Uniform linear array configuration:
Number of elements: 24
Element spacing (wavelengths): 1
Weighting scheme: hamming
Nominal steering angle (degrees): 60
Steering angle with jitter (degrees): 61.531
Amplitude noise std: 0.05
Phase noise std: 0.05

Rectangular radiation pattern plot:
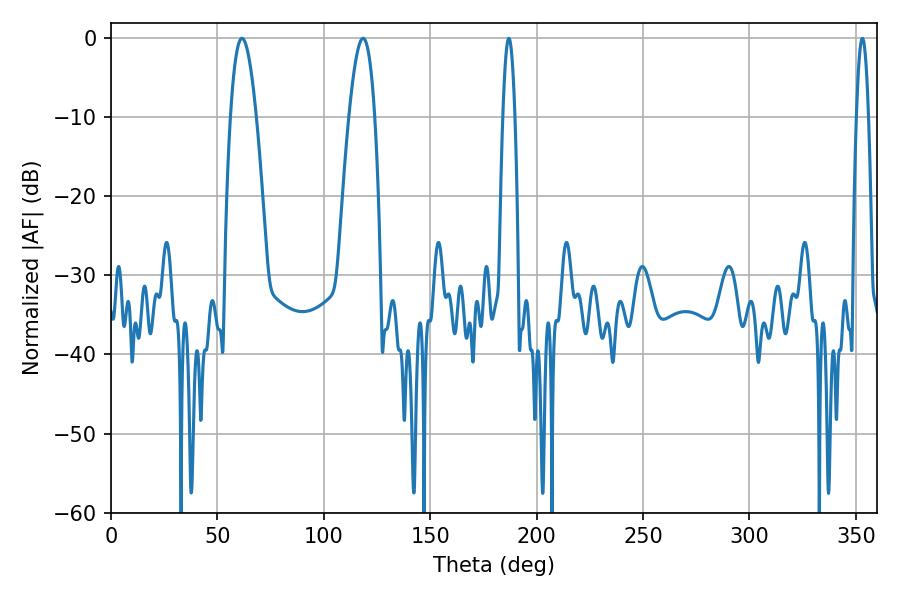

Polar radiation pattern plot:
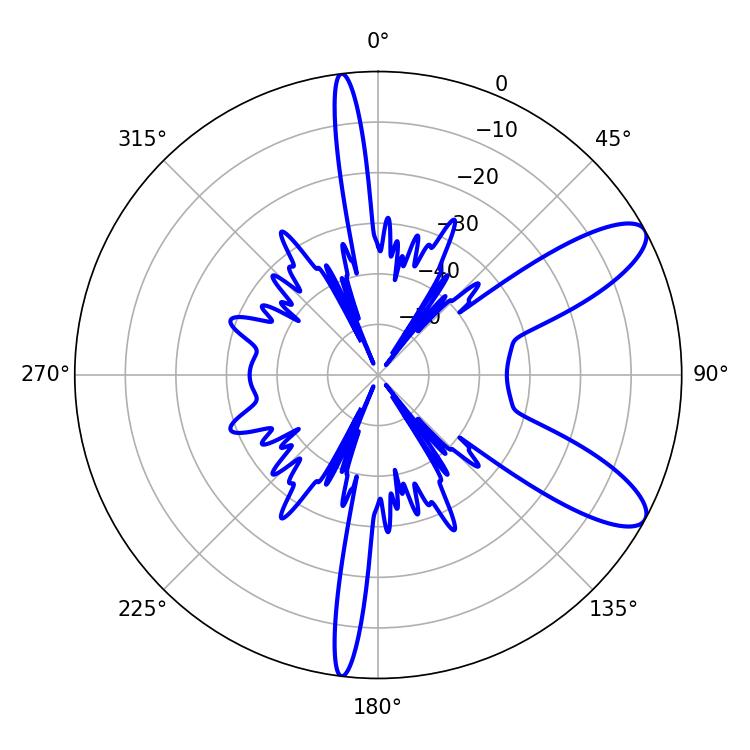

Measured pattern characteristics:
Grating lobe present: TRUE
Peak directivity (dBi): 9.859
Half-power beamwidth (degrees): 6.48
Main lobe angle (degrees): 61.56